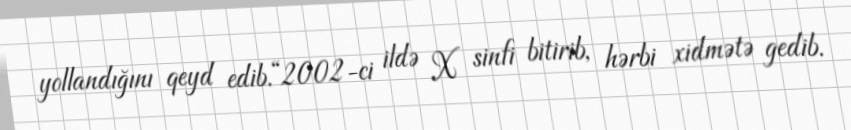
yollandığını qeyd edib.“2002-ci ildə X sinfi bitirib, hərbi xidmətə gedib.